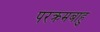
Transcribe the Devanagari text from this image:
परक्रमबाहु